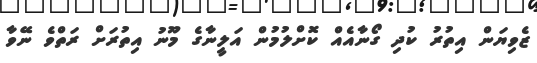
ޒެވިޔަން އިތުރު ކުދި ގޯނާއެއް ކޮށްލުމުން އަލީނާގެ މޫނު އިތުރަށް ރަތްވެ ނޭވާ